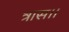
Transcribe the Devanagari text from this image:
त्रास।।